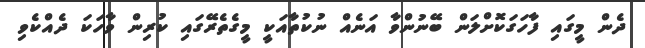
ދެން މީގައި ފާހަގަކޮށްލަން ބޭނުންވާ އަނެއް ނުކުތާއަކީ މީގެތެރޭގައި ކުރިން ވާހަކަ ދެއްކެވި